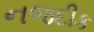
નજદીક